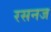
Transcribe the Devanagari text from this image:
रसनज